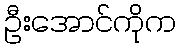
ဦးအောင်ကိုက